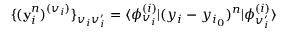
\{ ( \mathbf { y } _ { i } ^ { n } ) ^ { ( v _ { i } ) } \} _ { v _ { i } v _ { i } ^ { \prime } } = \langle \phi _ { v _ { i } } ^ { ( i ) } | ( y _ { i } - y _ { i _ { 0 } } ) ^ { n } | \phi _ { v _ { i } ^ { \prime } } ^ { ( i ) } \rangle